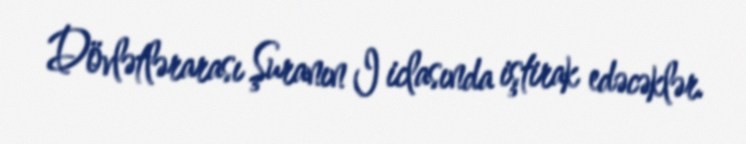
Dövlətlərarası Şuranın I iclasında iştirak edəcəklər.